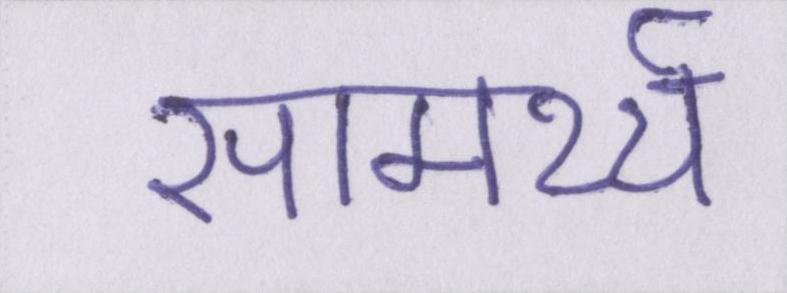
सामर्थ्य